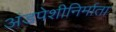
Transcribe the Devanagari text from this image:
अंडपेशीनिर्माता